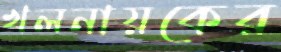
খলনায়কের